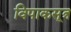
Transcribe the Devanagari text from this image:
विपाकसूत्र